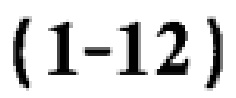
$(1 - 12)$